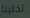
تخلينا